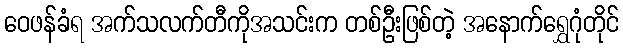
ဝေဖန်ခံရ အက်သလက်တီကိုအသင်းက တစ်ဦးဖြစ်တဲ့ အနောက်ရွှေဂုံတိုင်